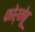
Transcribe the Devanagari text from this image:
फोर्नेबू